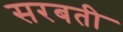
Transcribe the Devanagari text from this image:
सरबती